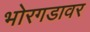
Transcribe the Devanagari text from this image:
भोरगडावर